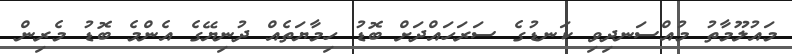
މައުލޫމާތު މުއްސަނދިވި ކަނޑުގެ ސަރަހައްދަށް ބޮޑު ހިމާޔަތެއް ދުނިޔޭގެ އެންމެ ބޮޑު މެރިން